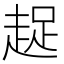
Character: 趗